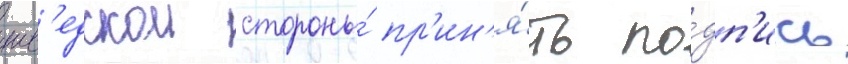
шв'едскои стороны́ пр'ин'я́ть по́дп'ись